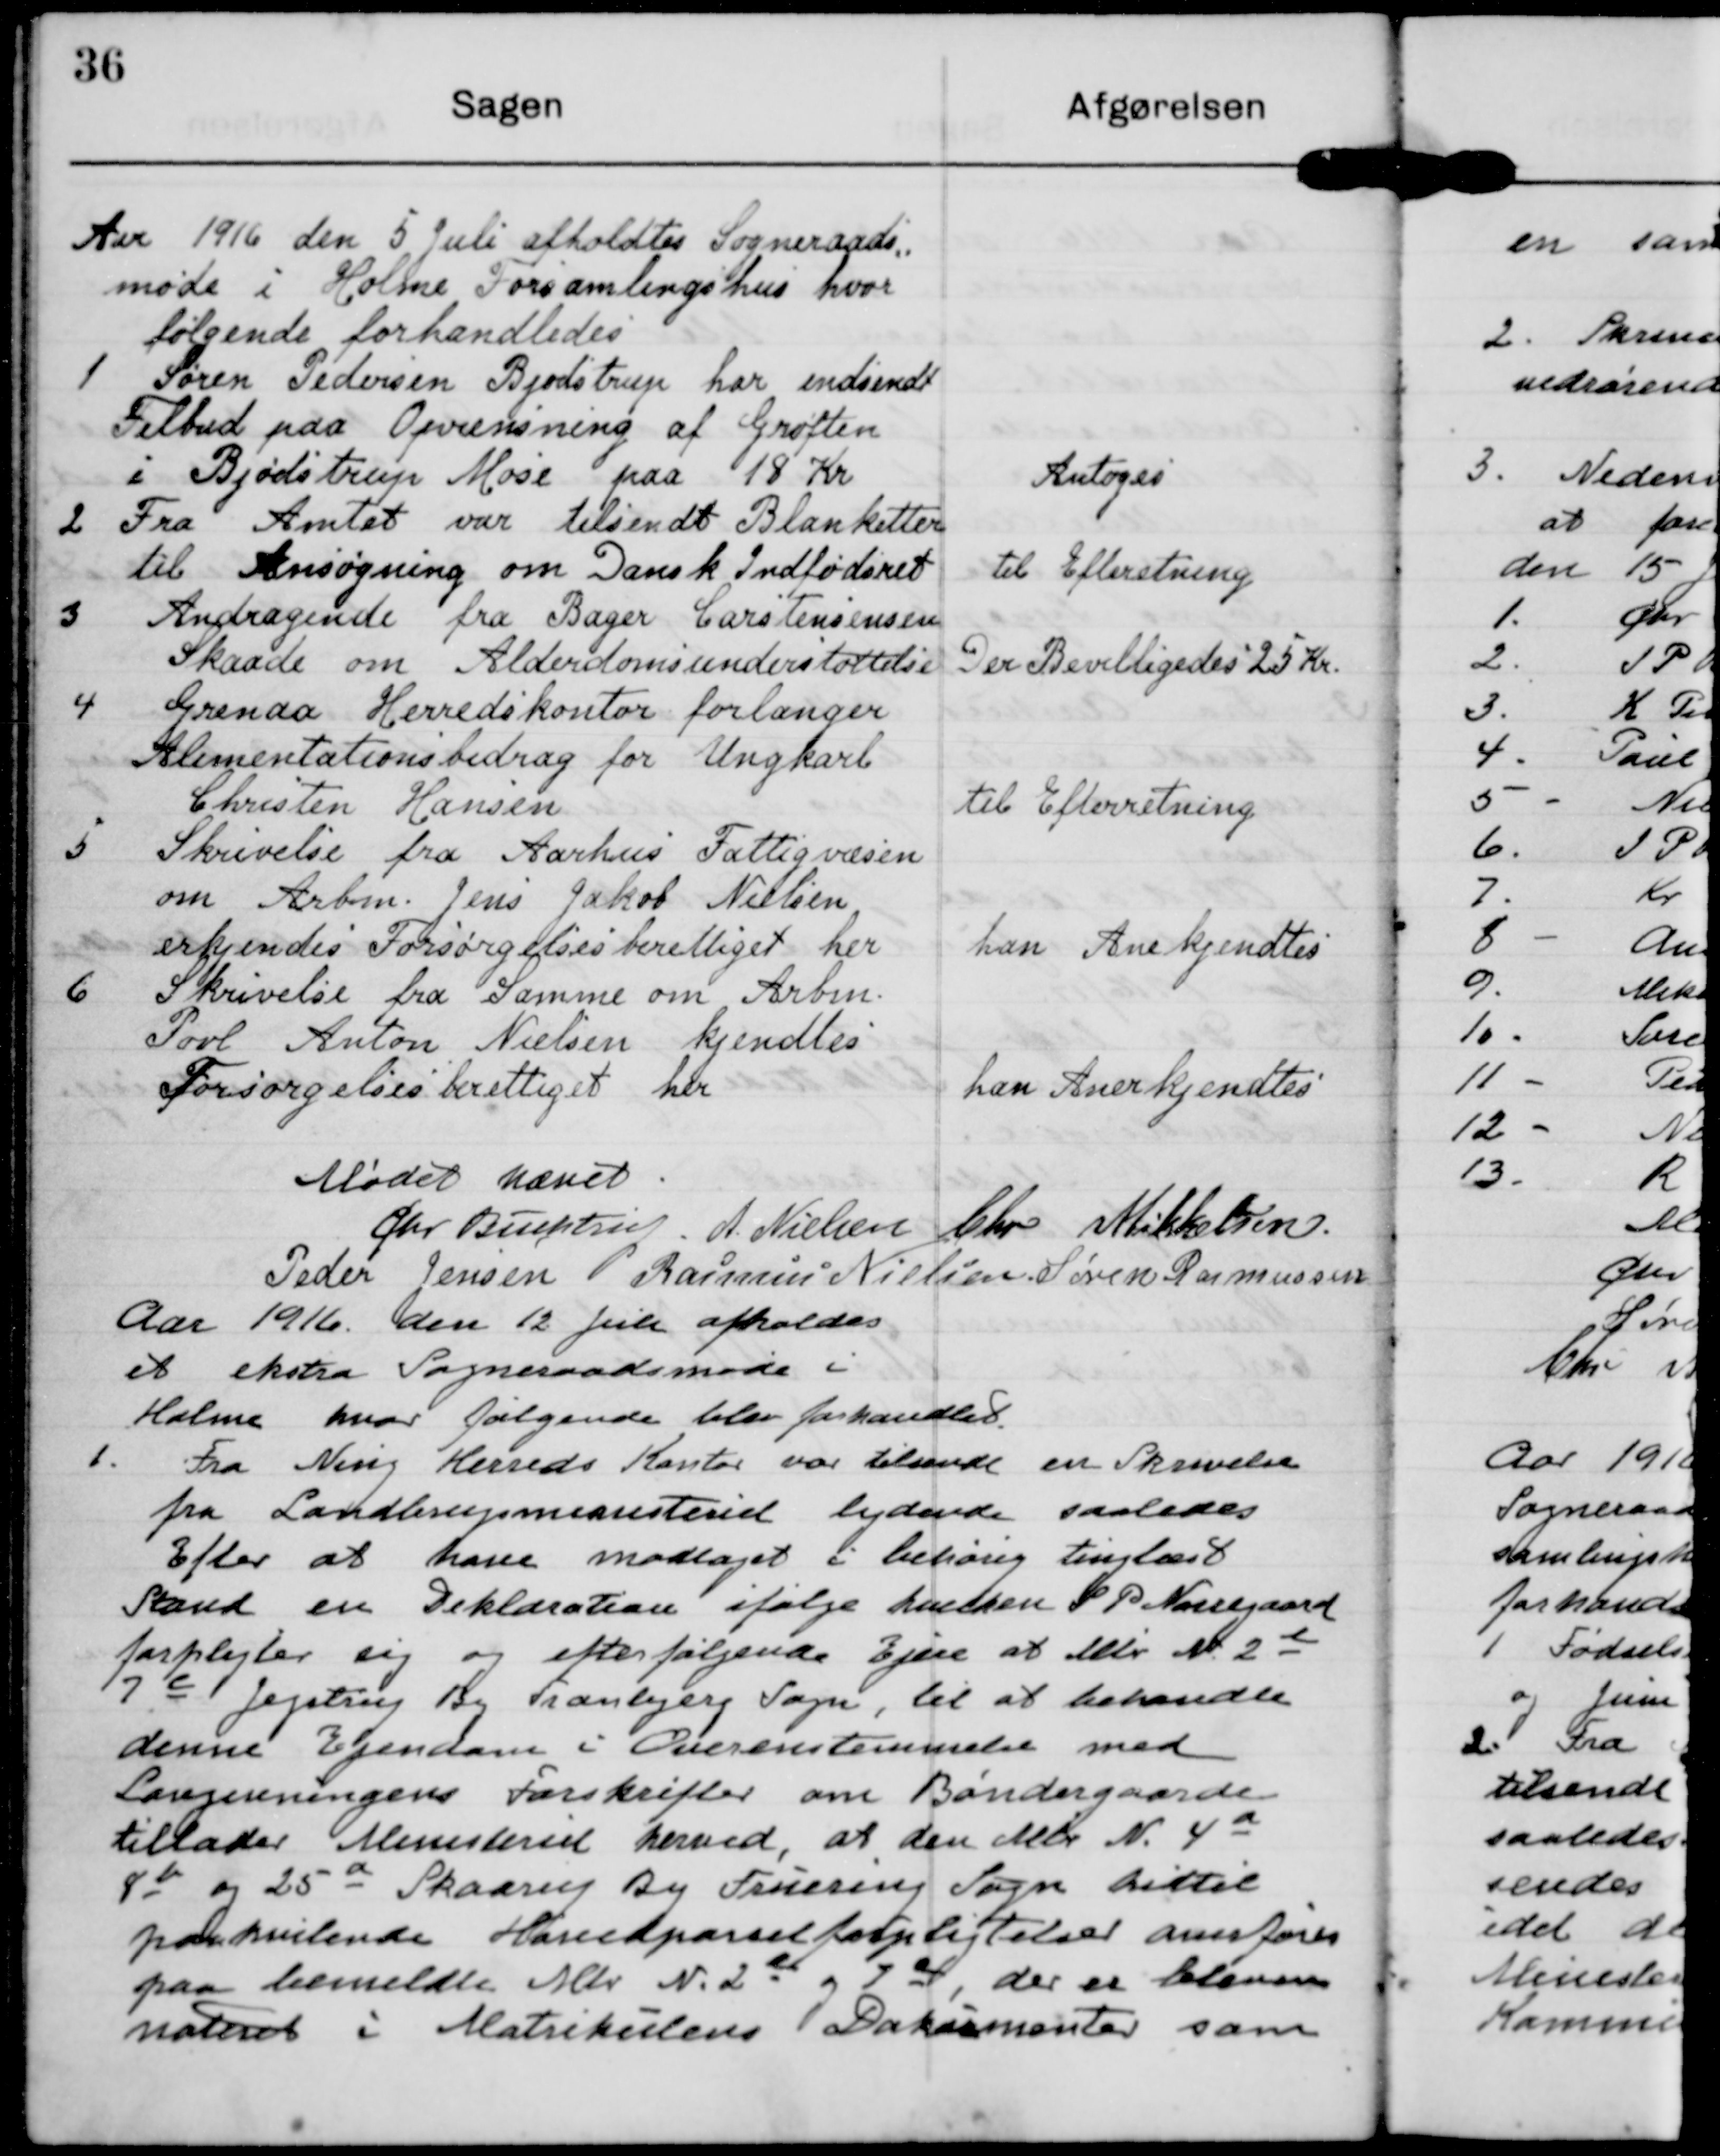
Transskription:
Aar 1916 den 5 Juli afholdtes Sogneraads
møde i Hjolme Forsamlingshus hvor
følgende forhandledes

1 Søren Pedersen Bjødstrup har indsendt
Tilbud paa Opvensning af Grøtten
i Bjødstrup Mose paa 18 Kr

Antoges

2 Fra Amtet var tilsendt Blanketter
til Ansøgning om Dansk Indfødsret

til Efterstning

3 Andragende fra Bager Carstensensen
Skaade om Alderdomsunderstøttelse.

Der Bevilligedes 25 Kr.

4 Grenda Herredskontor forlanger
Alimentationsbidrag for Ungkarl
Christen Hansen

til Efterretning

i Skrivelse fra Aarhus Fattigvæsen
om Arbm. Jens Jakob Nielsen
erkjendes Forsørgelsesberettiget her

han Anekjendtes

6 Skrivelse fra Samme om Arbm.
Povl Anton Nielsen kjendtes
Forsørgelsesberettiget hlr

han Anerkjendtes

Mødet hævet.

Chv Mikkelsen

Ghr Buehtru

A. Nielsen

Peder Jensen

Rasmus Nielsen

Søren Rasmussen

Aar 1916 den 12 juli afholdes
et ekstra Sogneraadsmøde i
Holme hvor følgende blev forhandlet

1. Fra Ning Herreds Kontor var tlende en Skrivelse
fra Landbrugsministeriet lydende saaledes
Efter at have modtaget i behøig tinglæst
Rand en Deklaration ifølge Lvelden S R Nørregaard
forplejter sig og efterfølgende Ejere at eller M 2t
7a Jegstrup By Tranlgere Sogn, til at behandle
denne Ejendom i Overenstemmelse med
Langereningens Forskrifter om Bøndergaarde
tillader Ministeriet heved, at den delr N. 4a
80 og 25e Skaaruj By Fruering Sogn dittil
paakvulende Hanedpørselfotpligtelser aemtøres
paa bemeldte Aller N. 2de og 7dl, der er bleven
nateret i Matrikulens Dakarmenter som